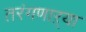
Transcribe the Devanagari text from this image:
तरंगणाऱ्या